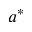
a ^ { * }